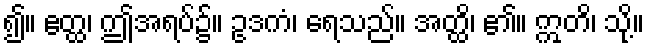
၍။ ဧတ္ထ၊ ဤအရပ်၌။ ဥဒကံ၊ ရေသည်။ အတ္ထိ၊ ၏။ ဣတိ၊ သို့။